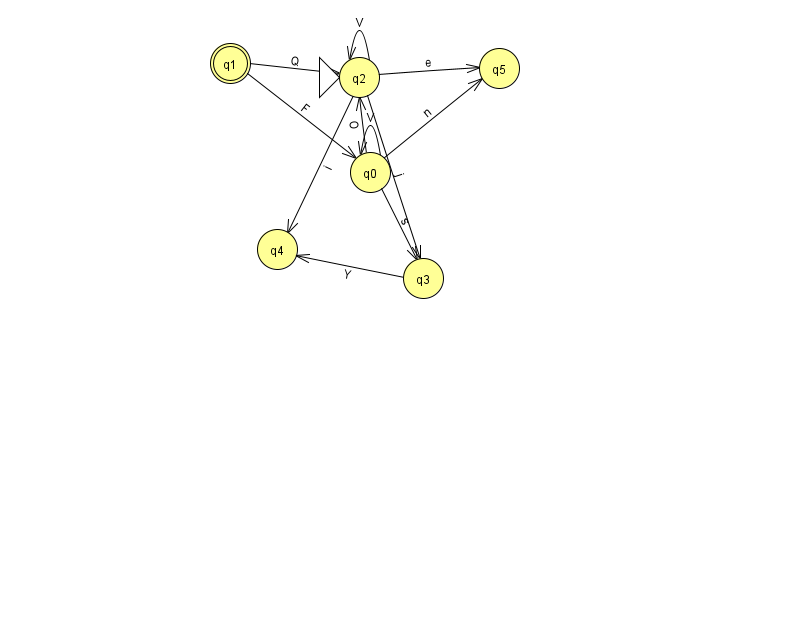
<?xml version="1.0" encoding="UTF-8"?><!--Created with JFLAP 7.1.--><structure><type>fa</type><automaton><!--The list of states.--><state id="0" name="q0"><x>370.0</x><y>159.0</y></state><state id="1" name="q1"><x>230.0</x><y>50.0</y><final/></state><state id="2" name="q2"><x>359.0</x><y>64.0</y><initial/></state><state id="3" name="q3"><x>423.0</x><y>265.0</y></state><state id="4" name="q4"><x>277.0</x><y>236.0</y></state><state id="5" name="q5"><x>499.0</x><y>55.0</y></state><!--The list of transitions.--><transition><from>0</from><to>5</to><read>n</read></transition><transition><from>2</from><to>3</to><read>j</read></transition><transition><from>0</from><to>0</to><read>V</read></transition><transition><from>1</from><to>0</to><read>F</read></transition><transition><from>2</from><to>2</to><read>V</read></transition><transition><from>3</from><to>4</to><read>Y</read></transition><transition><from>1</from><to>2</to><read>Q</read></transition><transition><from>0</from><to>2</to><read>O</read></transition><transition><from>2</from><to>4</to><read>i</read></transition><transition><from>2</from><to>5</to><read>e</read></transition><transition><from>0</from><to>3</to><read>s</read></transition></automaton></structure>